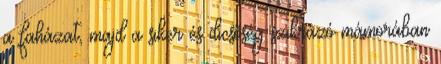
a faházat, majd a siker és dicsőség szikrázó mámorában